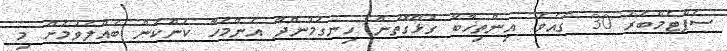
ސެޕްޓެމްބަރު 30 ގައެވެ. އިންތިޚާބާ ގުޅޭގޮތުން ހިނގަމުންދާ އެންމެހާ ކަންކަން ބެއްލެވުމަށް މި